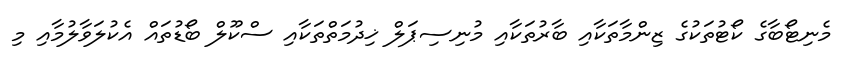
މެނިޓޯބާގެ ކޯޓުތަކުގެ ޒިންމާތަކާއި ބާރުތަކާއި މުނިސިޕަލް ޚިދުމަތްތަކާއި ސްކޫލް ބޯޑުތައް އެކުލަވާލުމާއި މި